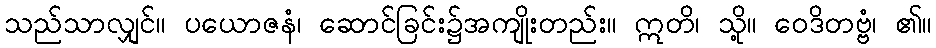
သည်သာလျှင်။ ပယောဇနံ၊ ဆောင်ခြင်း၌အကျိုးတည်း။ ဣတိ၊ သို့။ ဝေဒိတဗ္ဗံ၊ ၏။